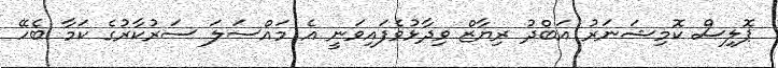
ޕޮލިސް ކޮމިޝަނަރު އަބްދު ރިޔާޒް ވިދާޅުވެފައިވަނީ އެ މައްސަލަ ސަރުކާރުގެ ކަމާ ބެހޭ